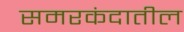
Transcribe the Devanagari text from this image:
समरकंदातील